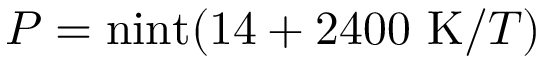
P = \mathrm { n i n t } ( 1 4 + 2 4 0 0 ~ \mathrm { K } / T )